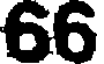
66